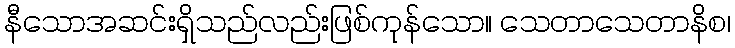
နီသောအဆင်းရှိသည်လည်းဖြစ်ကုန်သော။ သေတာသေတာနိစ၊